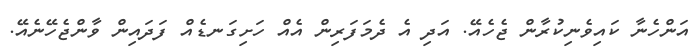
އަންހެނާ ކައިވެނިކުރާން ޖެހެއޭ. އަދި އެ ދެމަފަރިން އެއް ހަށިގަނޑެއް ފަދައިން ވާންޖެހޭނެއޭ.